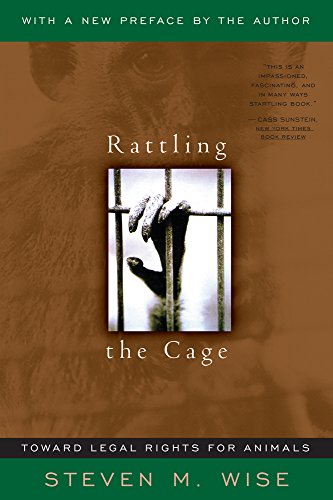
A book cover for Rattling The Cage: Toward Legal Rights For Animals; Steven M. Wise; Science & Math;